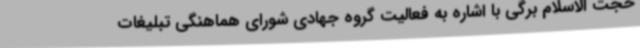
حجت الاسلام برگی با اشاره به فعالیت گروه جهادی شورای هماهنگی تبلیغات